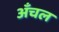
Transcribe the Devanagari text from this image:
अँचल